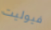
فيوليت